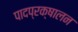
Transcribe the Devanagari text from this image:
पादप्रक्षालन